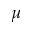
\mu